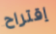
إقتراح